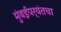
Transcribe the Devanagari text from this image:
मुंबईपर्यंतचा